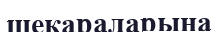
шекараларына